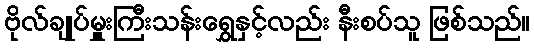
ဗိုလ်ချုပ်မှူးကြီးသန်းရွှေနှင့်လည်း နီးစပ်သူ ဖြစ်သည်။